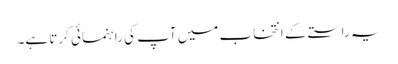
یہ راستے کے انتخاب میں آپ کی راہنمائی کرتا ہے۔